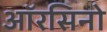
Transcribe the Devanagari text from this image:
ऑरसिनो